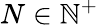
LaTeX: N\in\mathbb{N}^{+}